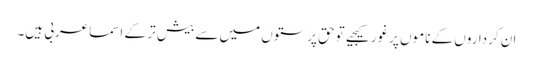
ان کرداروں کے ناموں پرغورکیجیے توحق پرستوں میں سے بیش تر کے اسماعربی ہیں۔